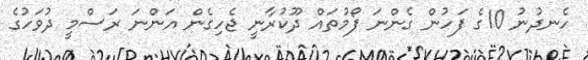
ހެނދުނު 10ގެ ފަހުން ގެންނަ ފޯމުތައް ދޫކުރާނީ ޖެހިގެން އަންނަ ރަސްމީ ދުވަހުގެ